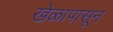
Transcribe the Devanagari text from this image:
खेळापासून